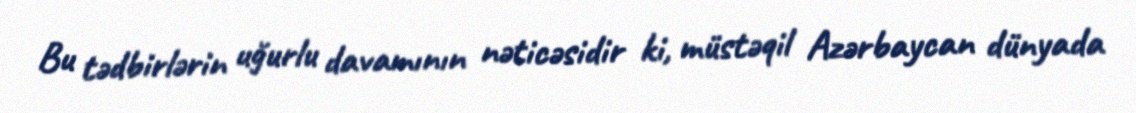
Bu tədbirlərin uğurlu davamının nəticəsidir ki, müstəqil Azərbaycan dünyada